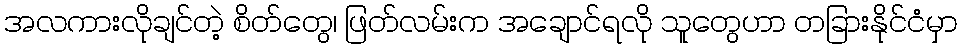
အလကားလိုချင်တဲ့ စိတ်တွေ၊ ဖြတ်လမ်းက အချောင်ရလို သူတွေဟာ တခြားနိုင်ငံမှာ